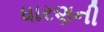
ધારણની